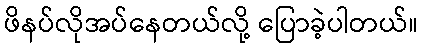
ဖိနပ်လိုအပ်နေတယ်လို့ ပြောခဲ့ပါတယ်။